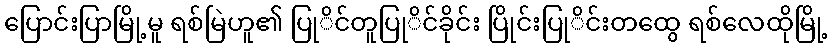
ပြောင်းပြာမြို့မူ ရစ်မြဲဟူ၏ ပြုိင်တူပြုိင်ခိုင်း ပြိုင်းပြုိင်းတထွေ ရစ်လေထိုမြို့